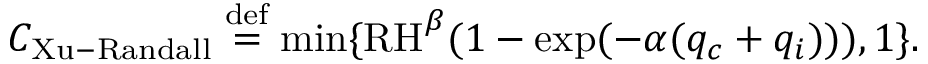
{ \cal C } _ { \mathrm { X u - R a n d a l l } } \stackrel { \mathrm { d e f } } { = } \operatorname* { m i n } \{ \mathrm { R H } ^ { \beta } ( 1 - \exp ( - \alpha ( q _ { c } + q _ { i } ) ) ) , 1 \} .